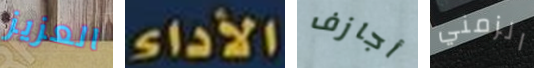
العزيز الأداء أجازف الزمني